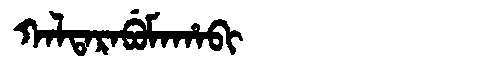
Manchu: ᡴᠠᠯᡨᠠᡵᠠᠪᡠᠮᠠᡥᠠᠪᡳ
Romanization: KALTARABUMAHABI